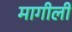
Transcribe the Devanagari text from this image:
मागीली